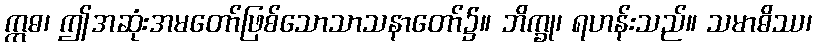
ဣဓ၊ ဤအဆုံးအမတော်ဖြစ်သောသာသနာတော်၌။ ဘိက္ခု၊ ရဟန်းသည်။ သမာဓိဿ၊